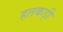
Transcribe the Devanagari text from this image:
हतकड़ी